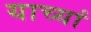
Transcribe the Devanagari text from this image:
याच्यां